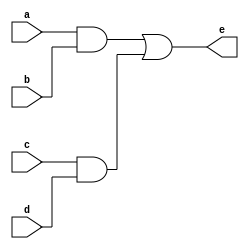
`timescale 1ns / 1ps
//////////////////////////////////////////////////////////////////////////////////
// Company: 
// Engineer: 
// 
// Design Name: 
// Module Name:    lab2_or 
// Project Name: 
// Target Devices: 
// Tool versions: 
// Description: 
//
// Dependencies: 
//
// Revision: 
// Revision 0.01 - File Created
// Additional Comments: 
//
//////////////////////////////////////////////////////////////////////////////////
module lab2_or(
    input a,
    input b,
    input c,
    input d,
    output e
    );
wire x1,x2;
and(x1,a,b);
and(x2,c,d);
or(e,x1,x2);
endmodule